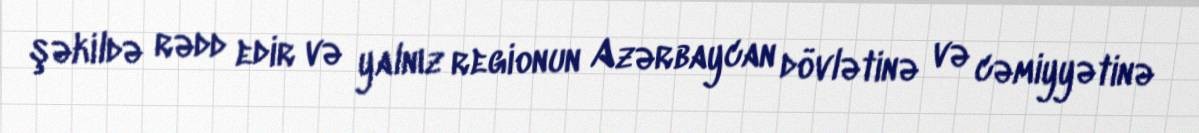
şəkildə rədd edir və yalnız regionun Azərbaycan dövlətinə və cəmiyyətinə